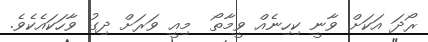
ރޯދަ އަކަށް ވާނީ ކިހިނެއް ވީމާތޯ  މިއީ ވަރަށް ދިގު ވާހަކައެކެވެ.